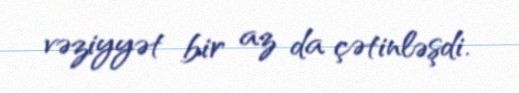
vəziyyət bir az da çətinləşdi.